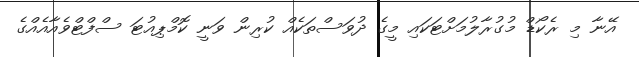
އޭނާ މި ރެކޯޑް މުގުރާލުމަށްޓަކައި މީގެ ދުވަސްތަކެއް ކުރިން ވަނީ ކޮމްޕިއުޓަ ސްފްޓްވެއާއެއްގެ